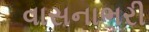
વાસનાભરી